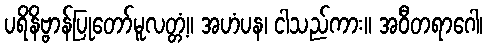
ပရိနိဗ္ဗာန်ပြုတော်မူလတ္တံ့။ အဟံပန၊ ငါသည်ကား။ အဝီတရာဂေါ၊